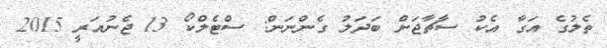
ތެލުގެ އަގާ އެކު ސާޗާޖަށް ބަދަލު ގެންނަން: ސްޓެލްކޯ 13 ޖެނުއަރީ 2015